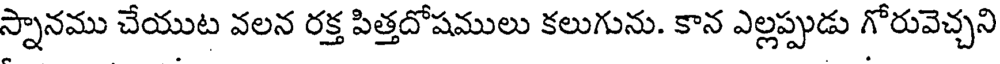
స్నానము చేయుట వలన రక్త పిత్తదోషములు కలుగును. కాన ఎల్లప్పుడు గోరువెచ్చని